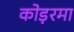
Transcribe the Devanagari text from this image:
कोड़रमा